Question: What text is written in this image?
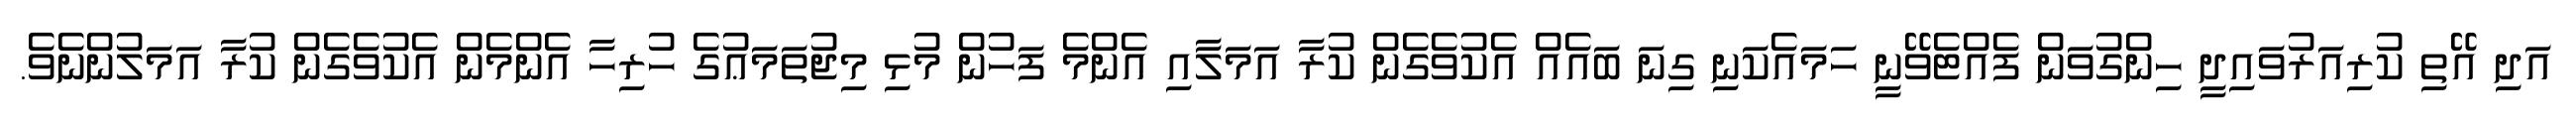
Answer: އަދި އޭތި ކުރިއަރުވައިދީ ހިންގުވަން ފެއްޓެވޭނީ ހަމައެކަނި ގިނަ ބައެއް އެކުވެގެން ކުރާ އަމަލާއި އެންމެ ފަހުން މުޅި މިޖުތަމަޢުގެ ހުރިހާ އެންމެން އެކުވެގެން ކުރާ އަމަލުންނެވެ.